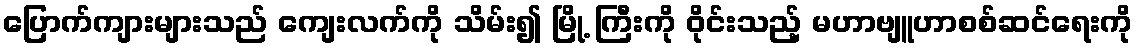
ပြောက်ကျားများသည် ကျေးလက်ကို သိမ်း၍ မြို့ ကြီးကို ဝိုင်းသည့် မဟာဗျူဟာစစ်ဆင်ရေးကို